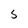
Character: S